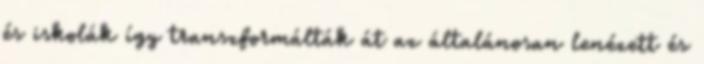
és iskolák így transzformálták át az általánosan lenézett és